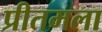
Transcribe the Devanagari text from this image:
प्रीतमला